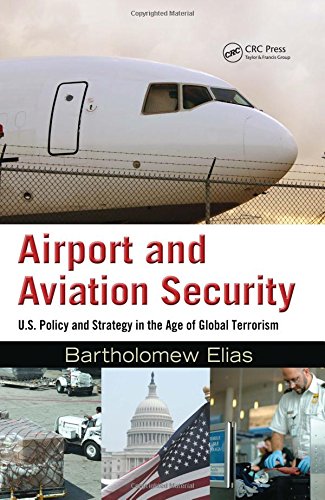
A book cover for Airport and Aviation Security: U.S. Policy and Strategy in the Age of Global Terrorism; Bartholomew Elias; Law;